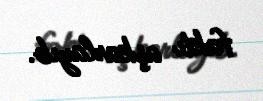
faktı aşkarlayıb.